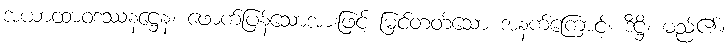
အယာထာဝဒဿနဋ္ဌေန၊ ဖောက်ပြန်သောအားဖြင့် မြင်တတ်သော အနက်ကြောင့်။ ဒိဋ္ဌိ၊ မည်၏။